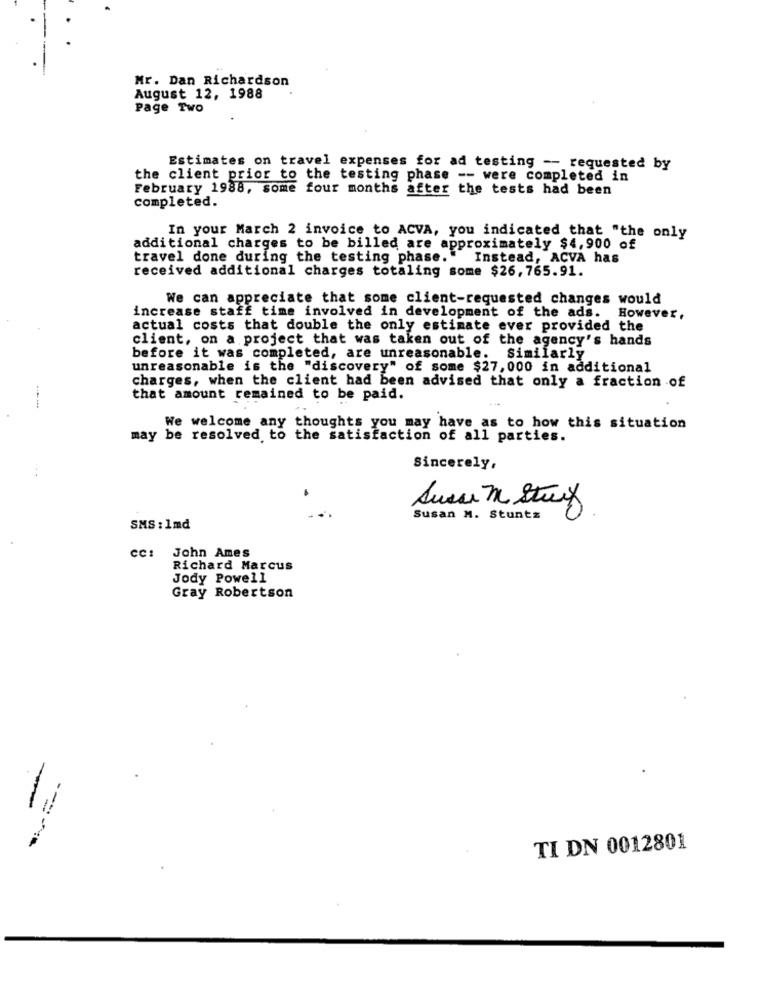
Mr. Dan Richardson
August 12, 1988
Page Two
Estimates on travel expenses for ad testing -- requested by
the client prior to the testing phase -- were completed in
February 1988, some four months after the tests had been
completed.
In your March 2 invoice to ACVA, you indicated that "the only
additional charges to be billed are approximately $4,900 of
travel done during the testing phase."
Instead, ACVA has
received additional charges totaling some $26, 765.91.
We can appreciate that some client-requested changes would
increase staff time involved in development of the ads. However,
actual costs that double the only estimate ever provided the
client, on a project that was taken out of the agency's hands
before it was completed, are unreasonable. Similarly
unreasonable is the "discovery" of some $27, 000 in additional
charges, when the client had been advised that only a fraction of
that amount remained to be paid.
We welcome any thoughts you may have as to how this situation
may be resolved to the satisfaction of all parties.
Sincerely,
Susan M. Stunts
SMS : 1md
cc: John Ames
Richard Marcus
Jody Powell
Gray Robertson
TI DN 0012801